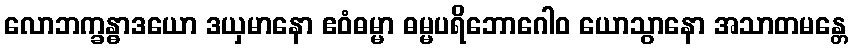
လောဘက္ခန္ဓာဒယော ဒယှမာနော ဧဝံဓမ္မာ ဓမ္မပရိဘောဂေါဝ ယောသွာနော အသာတမန္တေ